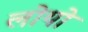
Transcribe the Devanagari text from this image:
लोयो